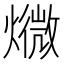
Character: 𱬙